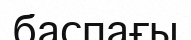
баспағы